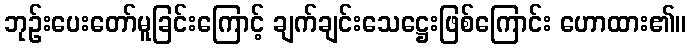
ဘုဉ်းပေးတော်မူခြင်းကြောင့် ချက်ချင်းသေဋ္ဌေးဖြစ်ကြောင်း ဟောထား၏။